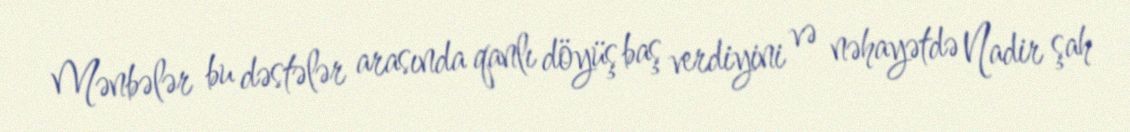
Mənbələr bu dəstələr arasında qanlı döyüş baş verdiyini və nəhayətdə Nadir şah